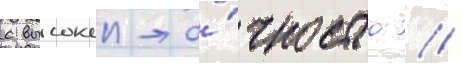
с высокои то́чностью //